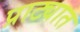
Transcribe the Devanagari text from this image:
प्राट्यात